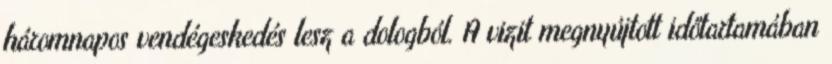
háromnapos vendégeskedés lesz a dologból. A vizit megnyújtott időtartamában